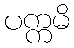
ပက္ကမိ